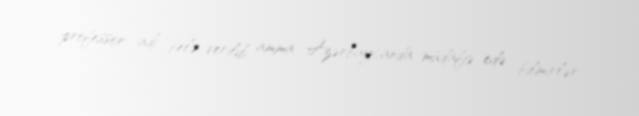
professor adı belə verilib, amma Azərbaycanda müdafiə edə bilmirlər.